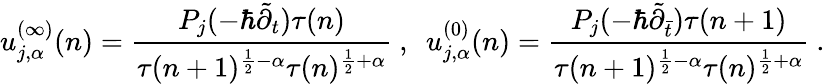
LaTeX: u_{j,\alpha}^{(\infty)}(n)=\frac{P_{j}(-\hbar\tilde{\partial}_{t})\tau(n)}{\tau(n+1)^{\frac{1}{2}-\alpha}\tau(n)^{\frac{1}{2}+\alpha}}~,~~u_{j,\alpha}^{(0)}(n)=\frac{P_{j}(-\hbar\tilde{\partial}_{\bar{t}})\tau(n+1)}{\tau(n+1)^{\frac{1}{2}-\alpha}\tau(n)^{\frac{1}{2}+\alpha}}~.